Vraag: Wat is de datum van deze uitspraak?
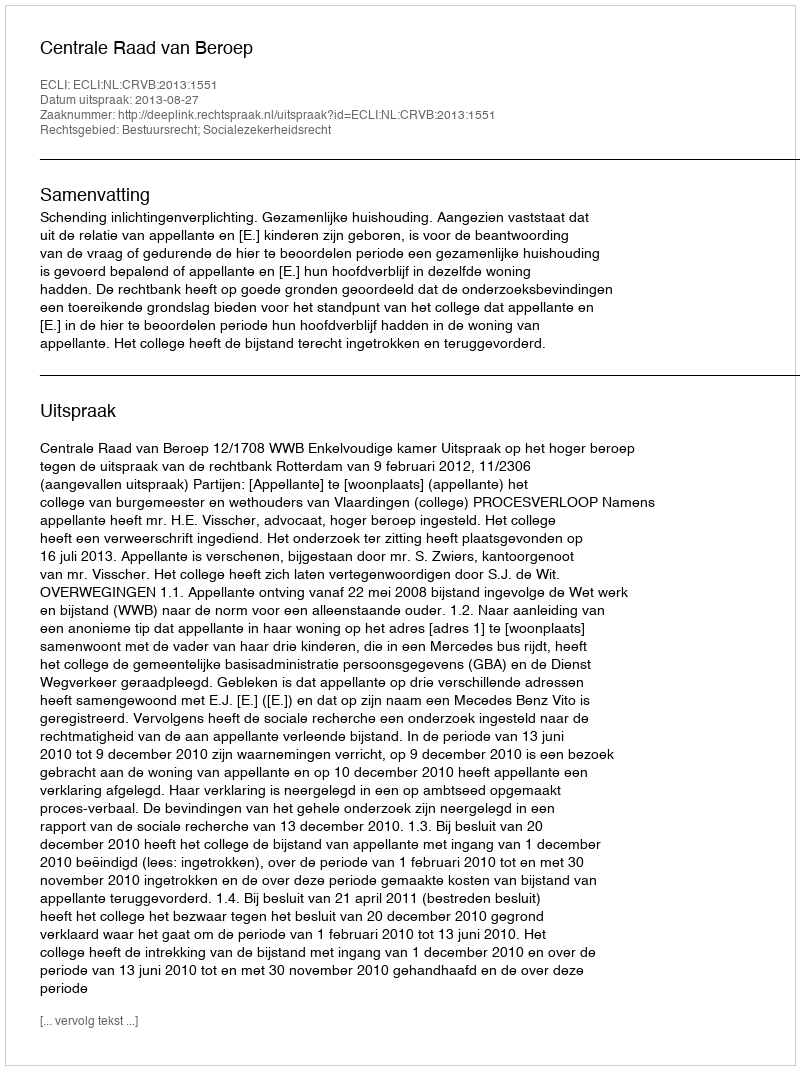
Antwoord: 2013-08-27